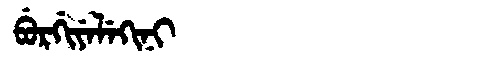
Manchu: ᠪᡠᡵᡤᡳᠶᡝᠯᡝᡴᡳᠨᡳ
Romanization: BURGIYELEKINI